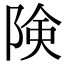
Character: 険